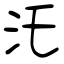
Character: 汑